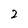
Character: 2